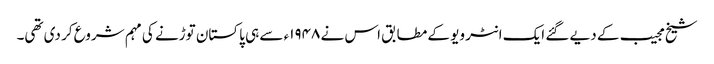
شیخ مجیب کے دیے گئے ایک انٹر ویو کے مطابق اس نے ۱۹۴۸ء سے ہی پاکستان توڑنے کی مہم شروع کر دی تھی۔